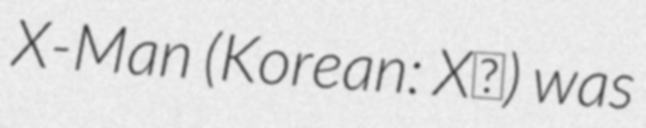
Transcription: X-Man (Korean: X맨) was